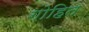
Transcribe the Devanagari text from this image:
गोहित